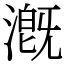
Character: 漑